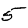
Digit: 5